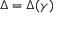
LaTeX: \Delta = \Delta ( \gamma )